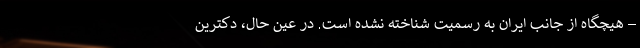
– هیچگاه از جانب ایران به رسمیت شناخته نشده است. در عین حال، دکترین